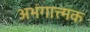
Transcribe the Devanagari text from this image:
अभंगात्त्मक